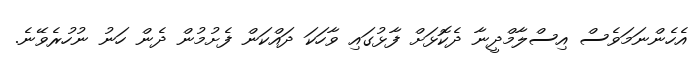
އެހެންނަމަވެސް އިސްލާމްދީނާ ދެކޮޅަށް ފާޅުގައި ވާހަކަ ދައްކަން ފެށުމުން ދެން ހަނު ނުހުރެވޭނެ.